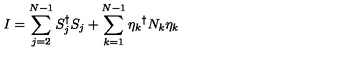
I = \sum _ { j = 2 } ^ { N - 1 } S _ { j } ^ { \dagger } S _ { j } + \sum _ { k = 1 } ^ { N - 1 } { \eta _ { k } } ^ { \dagger } N _ { k } \eta _ { k }